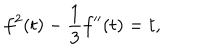
f ^ { 2 } ( t ) - { \frac { 1 } { 3 } } f ^ { \prime \prime } ( t ) = t ,